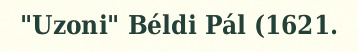
"Uzoni" Béldi Pál (1621.